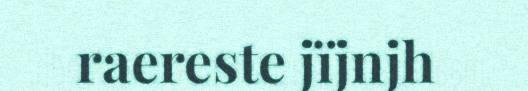
raereste jïjnjh